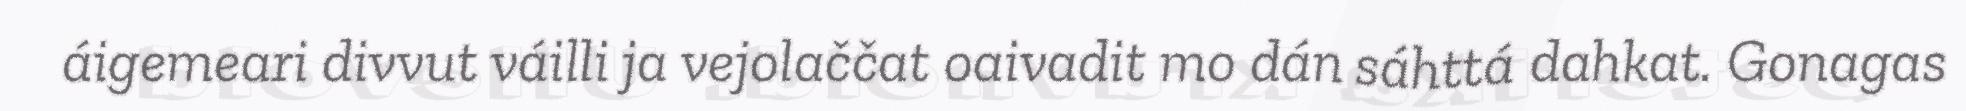
áigemeari divvut váilli ja vejolaččat oaivadit mo dán sáhttá dahkat. Gonagas